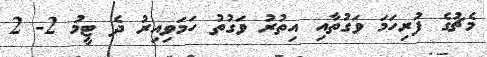
މެޗުގެ ފުރިހަމަ ވަގުތާއި އިތުރު ވަގުތު ހަމަވިއިރު ދެ ޓީމު 2- 2